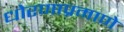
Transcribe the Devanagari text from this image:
धोरणाप्रमाणे